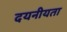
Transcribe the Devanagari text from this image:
दयनीयता